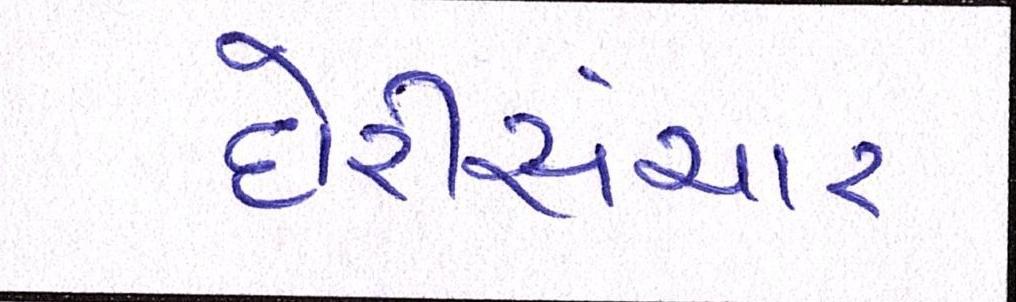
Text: દોરીસંચાર